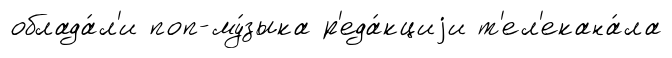
облада́л'и поп-му́зыка р'еда́кциjи т'ел'екана́ла